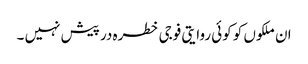
ان ملکوں کو کوئی روایتی فوجی خطرہ در پیش نہیں ۔